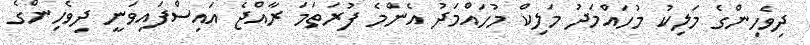
ދިވެހިންގެ މަލިކު މުހައްމަދު މަލިކް މުހައްމަދު އެންމެ ފުރަތަމަ ރާއްޖެ އައިސްފައިވަނީ ދިވެހިންގެ